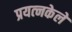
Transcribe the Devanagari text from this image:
प्रयत्‍नकेले